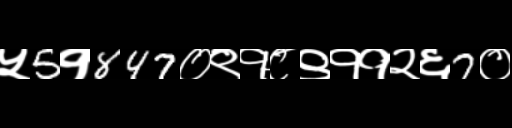
Text: ५5१847०९१८९११२६7०